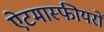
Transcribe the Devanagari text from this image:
ऐटमास्फीयरों